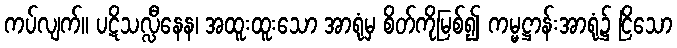
ကပ်လျက်။ ပဋိသလ္လီနေန၊ အထူးထူးသော အာရုံမှ စိတ်ကိုမြစ်၍ ကမ္မဋ္ဌာန်းအာရုံ၌ ငြိသော